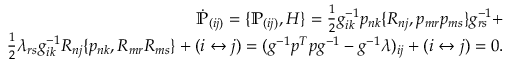
\begin{array} { r } { \dot { \mathbb P } _ { ( i j ) } = \{ { \mathbb P } _ { ( i j ) } , H \} = \frac 1 2 g _ { i k } ^ { - 1 } p _ { n k } \{ R _ { n j } , p _ { m r } p _ { m s } \} g _ { r s } ^ { - 1 } + } \\ { \frac 1 2 \lambda _ { r s } g _ { i k } ^ { - 1 } R _ { n j } \{ p _ { n k } , R _ { m r } R _ { m s } \} + ( i \leftrightarrow j ) = ( g ^ { - 1 } p ^ { T } p g ^ { - 1 } - g ^ { - 1 } \lambda ) _ { i j } + ( i \leftrightarrow j ) = 0 . } \end{array}